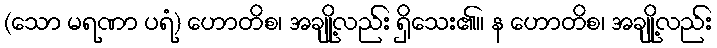
(သော မရဏာ ပရံ) ဟောတိစ၊ အချို့လည်း ရှိသေး၏။ န ဟောတိစ၊ အချို့လည်း